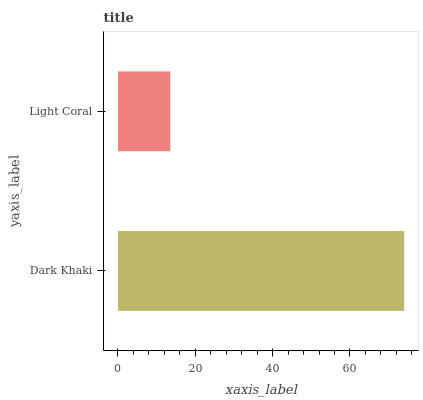
| yaxis_label | bars |
 | --- | --- |
 | Dark Khaki | 74 |
 | Light Coral | 13.5 |